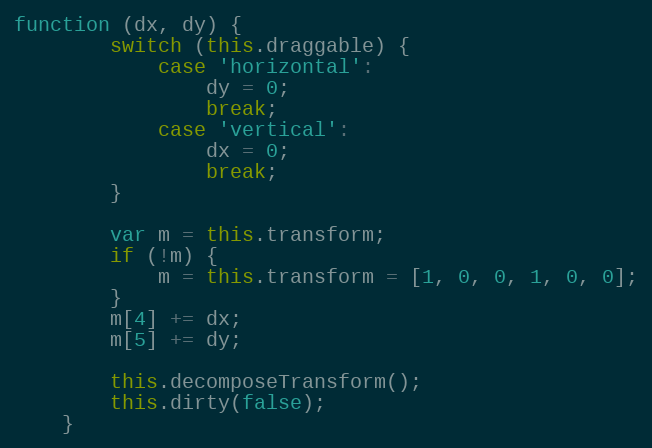
Language: JavaScript
function (dx, dy) {
        switch (this.draggable) {
            case 'horizontal':
                dy = 0;
                break;
            case 'vertical':
                dx = 0;
                break;
        }

        var m = this.transform;
        if (!m) {
            m = this.transform = [1, 0, 0, 1, 0, 0];
        }
        m[4] += dx;
        m[5] += dy;

        this.decomposeTransform();
        this.dirty(false);
    }